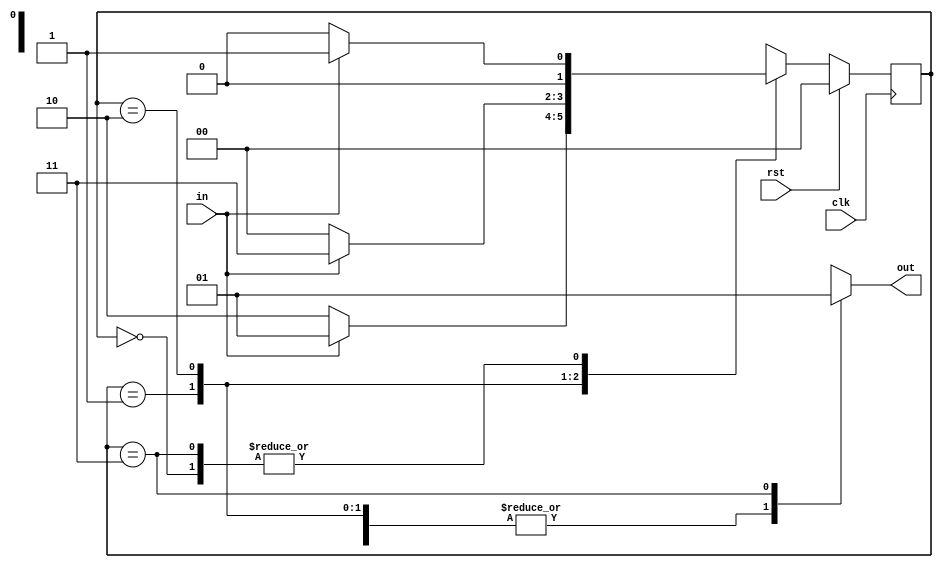
module seqencedet (out,clk,rst,in);
  input clk,rst,in;
  output reg out;
  parameter s0=2'b00,s1=2'b01,s2=2'b10,s3=2'b11;
  reg [1:0] state,nstate;
  always @ (posedge clk)
  begin
    if (rst)
      state = s0;
    else
      state = nstate;
 end
 always @ (state or nstate or in)
    begin
      case (state)
        s0: if(in)
        begin
            nstate = s1;
            out = 1'b0;
       end
        else
          begin
            nstate = s0;
            out = 1'b0;
          end
          s1: if(in)
        begin
            nstate = s1;
            out = 1'b0;
       end
        else
          begin
            nstate = s2;
            out = 1'b0;
          end
           s2: if(in)
        begin
            nstate = s3;
            out = 1'b0;
       end
        else
          begin
            nstate = s0;
            out = 1'b0;
          end
           s3: if(in)
        begin
            nstate = s1;
            out = 1'b1;
       end
        else
          begin
            nstate = s0;
            out = 1'b1;
          end
    endcase 
  end
  endmodule